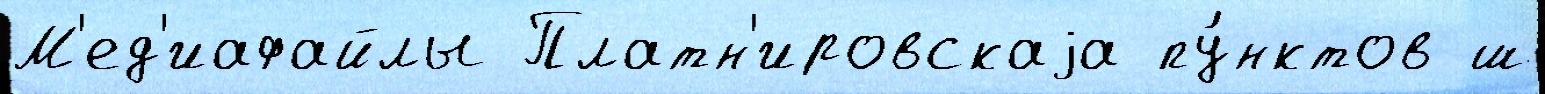
М'ед'иафайлы Платн'ировскаjа пу́нктов ш